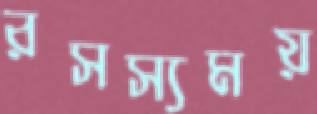
রসস্যময়